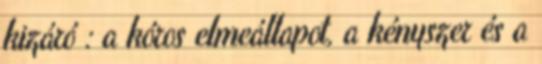
kizáró : a kóros elmeállapot, a kényszer és a